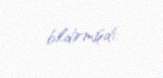
bildirmişdi.